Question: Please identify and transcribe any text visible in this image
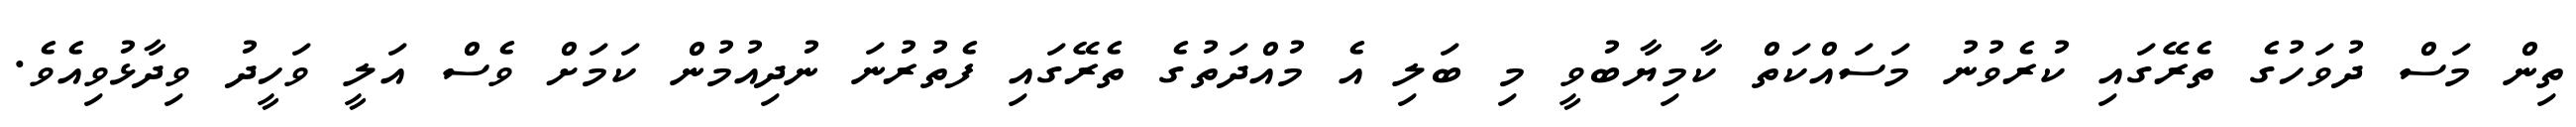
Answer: ތިން މަސް ދުވަހުގެ ތެރޭގައި ކުރެވުނު މަސައްކަތް ކާމިޔާބުވީ މި ބަލި އެ މުއްދަތުގެ ތެރޭގައި ފެތުރުނަ ނުދިއުމުން ކަމަށް ވެސް އަލީ ވަހީދު ވިދާޅުވިއެވެ.